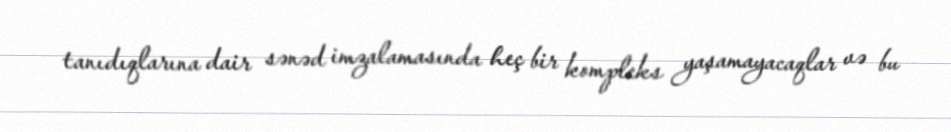
tanıdıqlarına dair sənəd imzalamasında heç bir kompleks yaşamayacaqlar və bu